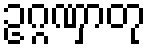
ဥဂ္ဂဏှာတု